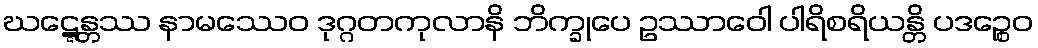
ဃဋ္ဋေန္တဿ နာမဿေဝ ဒုဂ္ဂတကုလာနိ ဘိက္ခုပေ ဥဿာဝေါ ပါရိစရိယန္တိ ပဒဉ္စေဝ